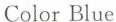
Color Blue